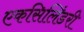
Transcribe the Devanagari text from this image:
एकसिलिंडरी